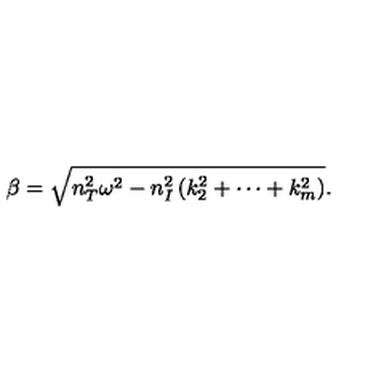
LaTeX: \beta = \sqrt { n _ { T } ^ { 2 } \omega ^ { 2 } - n _ { I } ^ { 2 } \left( k _ { 2 } ^ { 2 } + \cdots + k _ { m } ^ { 2 } \right) } .